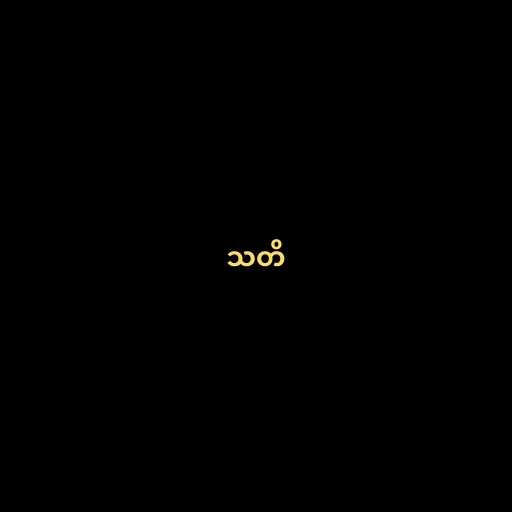
သတိ